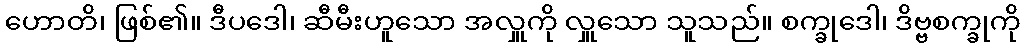
ဟောတိ၊ ဖြစ်၏။ ဒီပဒေါ၊ ဆီမီးဟူသော အလှူကို လှူသော သူသည်။ စက္ခုဒေါ၊ ဒိဗ္ဗစက္ခုကို